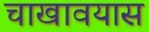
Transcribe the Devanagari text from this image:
चाखावयास